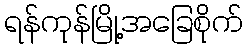
ရန်ကုန်မြို့အခြေစိုက်